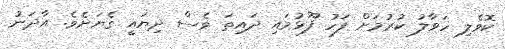
ކޮވެލި ހަވާލު ކުރުމަށް ފަހު ފޫޅުމައި ދައިތަ ވެސް ދިޔައީ ގެޔަށެވެ. އާދަނު